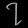
Digit: ၇